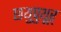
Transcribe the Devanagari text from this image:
छथुपुथूर्